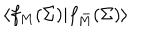
LaTeX: \langle f _ { M } ( \Sigma ) | f _ { \bar { M } } ( \Sigma ) \rangle